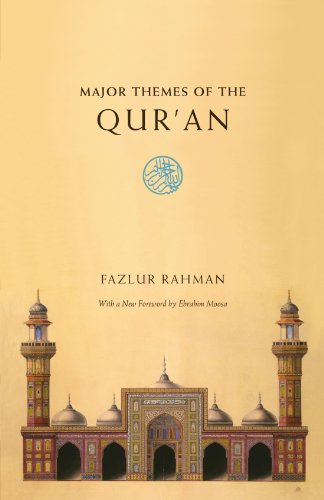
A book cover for Major Themes of the Qur'an: Second Edition; Fazlur Rahman; Religion & Spirituality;